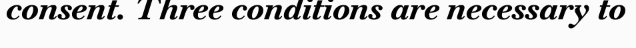
consent. Three conditions are necessary to